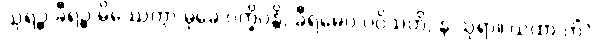
သုရဉ္စ ခီရဉ္စ မိဿေတွာ မုခေ ပက္ခိပန္တိ, ခီရမေဝ ပဝိသတိ, န သုရာ။ ယထာ ကိံ?